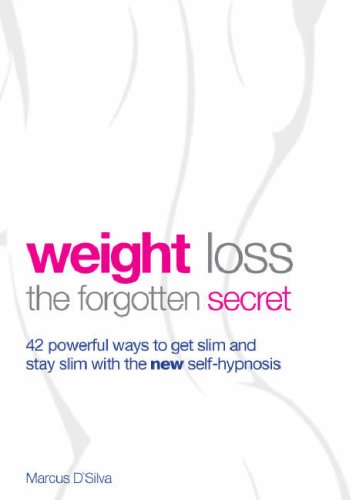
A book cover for Weight Loss: The Forgotten Secret - 42 Powerful Ways to Get Slim and Stay Slim with the New Self-hypnosis; Marcus D'Silva; Health, Fitness & Dieting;